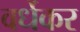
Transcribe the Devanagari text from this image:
वर्धेकर